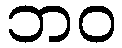
ဘဝ